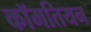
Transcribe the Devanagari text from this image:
कॉमतियन